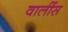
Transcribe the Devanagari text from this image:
वार्लीस